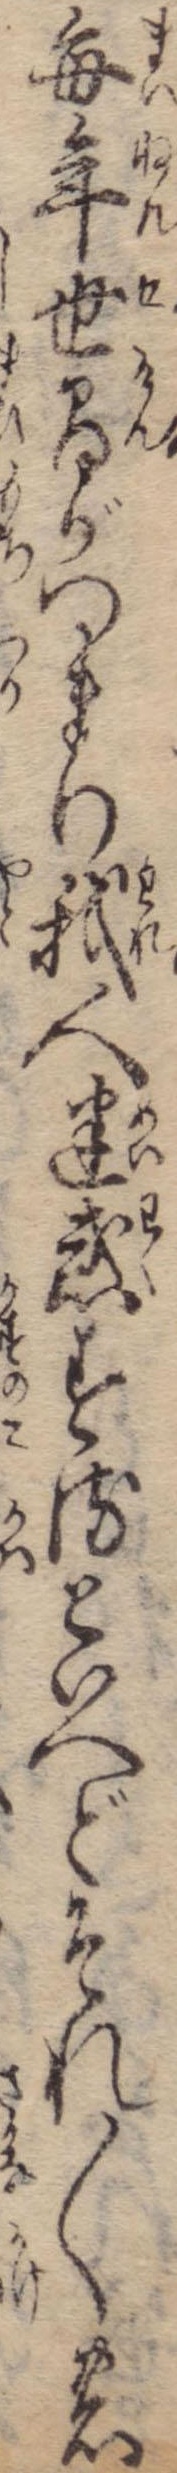
毎年世間がつまり我人迷惑するといへどそれ〱の